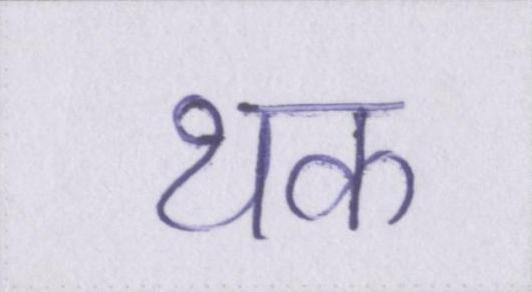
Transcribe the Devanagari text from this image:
थक